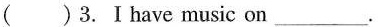
( )3.Ⅰhave music on_________.